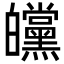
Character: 㿩